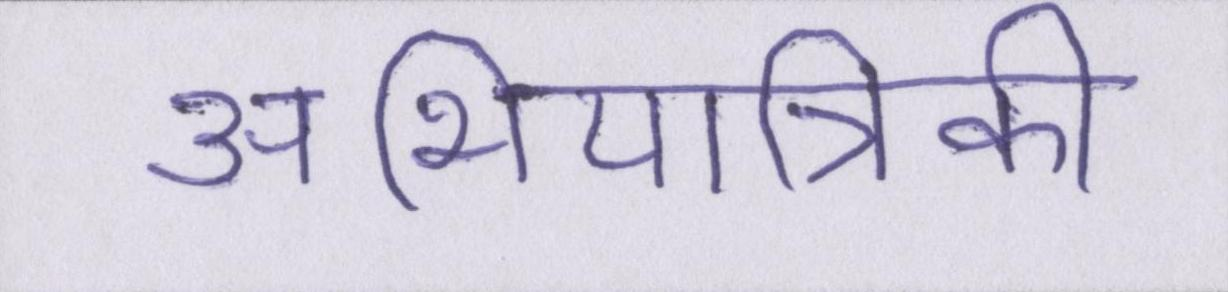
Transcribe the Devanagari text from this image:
अभियांत्रिकी